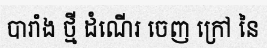
បារាំង ថ្មី ដំណើរ ចេញ ក្រៅ នៃ